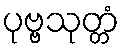
ပုဗ္ဗသုတ္တံ